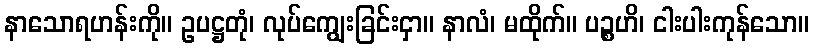
နာသောရဟန်းကို။ ဥပဋ္ဌတုံ၊ လုပ်ကျွေးခြင်းငှာ။ နာလံ၊ မထိုက်။ ပဉ္စဟိ၊ ငါးပါးကုန်သော။